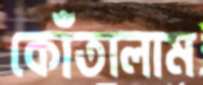
কোঁতালাম